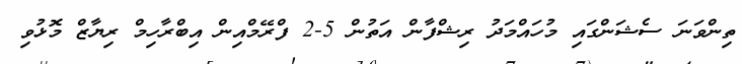
ތިންވަނަ ސެޝަންގައި މުހައްމަދު ރިޝްފާން އަތުން 5-2 ފްރޭމްއިން އިބްރާހިމް ރިޔާޒް މޮޅުވި